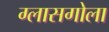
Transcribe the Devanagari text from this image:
ग्लासगोला